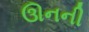
ઊનની